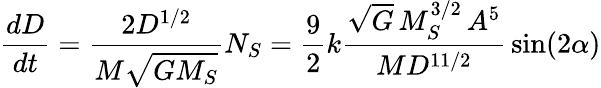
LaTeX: {\frac{dD}{dt}}={\frac{2D^{1/2}}{M{\sqrt{GM_{S}}}}}N_{S}={\frac{9}{2}}k{\frac{{\sqrt{G}}\, M_{S}^{3/2}\, A^{5}}{MD^{11/2}}}\sin(2\alpha)